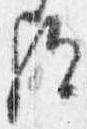
歟